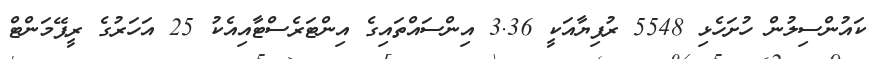
ކައުންސިލުން ހުށަހެޅި 5548 ރުފިޔާއަކީ 3.36 އިންސައްތައިގެ އިންޓަރެސްޓާއިއެކު 25 އަހަރުގެ ރީޕޭމަންޓް